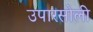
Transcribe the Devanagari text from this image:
उपारसोली